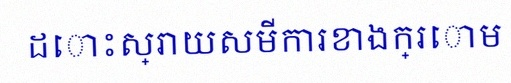
ដោះស្រាយសមីការខាងក្រោម